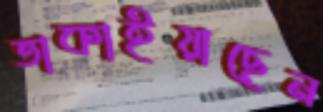
তাকাইয়াছেন